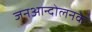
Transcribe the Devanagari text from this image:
जनआन्दोलनके